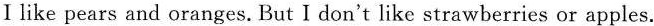
Ⅰlike pears and oranges. But I don't like strawberries or apples.